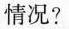
情况？